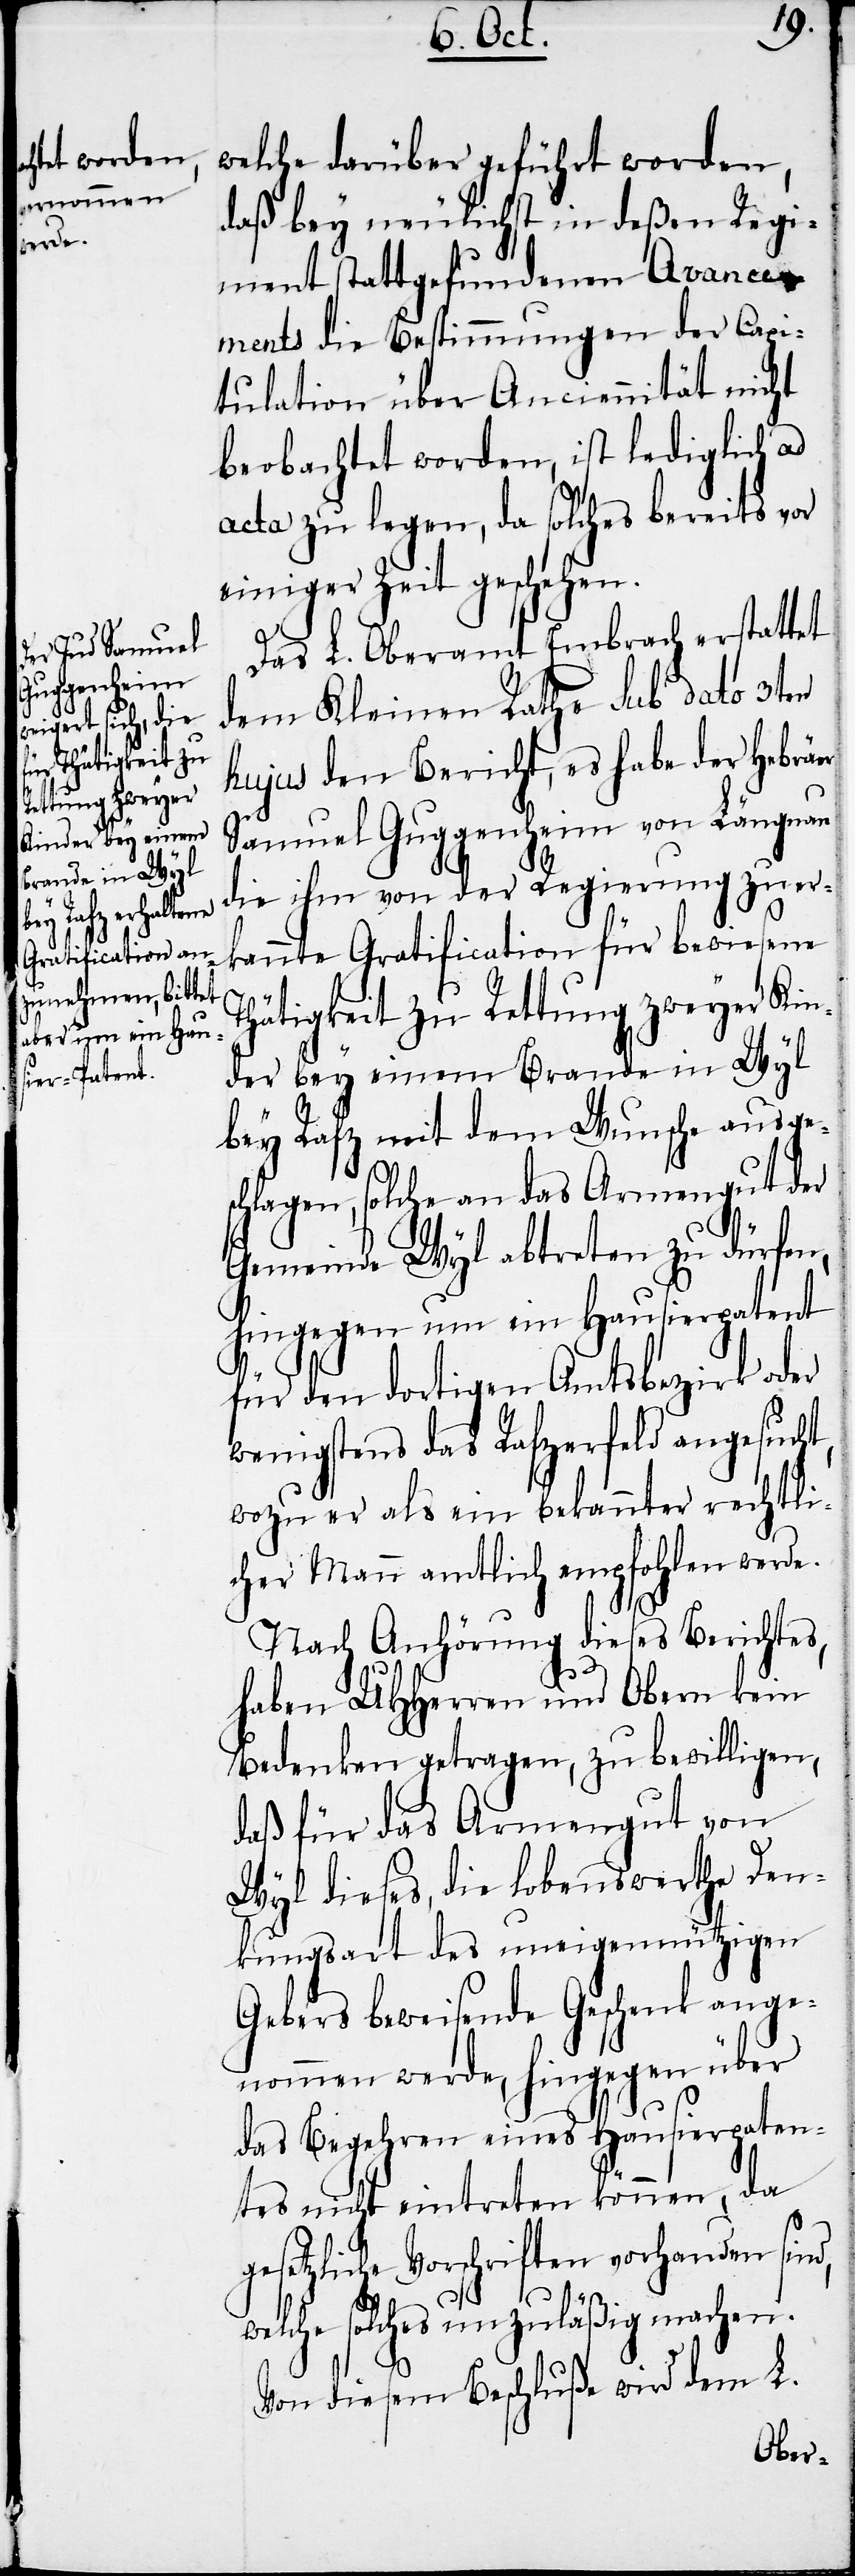
gesetzl¬

welche darüber geführt worden,
daß bey neulichst in deßen Regi¬
ment stattgefundenen Avance¬
ments die Bestimmungen der Capi¬
tulation über Anciennität nicht
beobachtet worden, ist lediglich ad
acta zu legen, da solches bereits vor
einiger Zeit geschehen.
Das L. Oberamt Embrach erstattet
dem Kleinen Rathe sub dato 3ten
hujus den Bericht, es habe der Hebräer
Samuel Guggenheim von Längnau
die ihm von der Regierung zuer¬
kannte Gratification für bewiesene
Thätigkeit zu Rettung zweyer Kin¬
der bey einem Brande in Wyl
bey Rafz mit dem Wunsche ausges¬
chlagen, solche an das Armengut der
Gemeinde Wyl abtreten zu dürfen,
hingegen um ein Hausierpatent
für den dortigen Amtsbezirk oder
wenigstens das Rafzerfeld angesucht,
wozu er als ein bekannter rechtli¬
cher Mann amtlich empfohlen werde.
Nach Anhörung dieses Berichtes,
haben UHHerren und Obern kein
Bedenken getragen, zu bewilligen,
daß für das Armengut von
Wyl dieses, die lobenswerthe Den¬
kungsart des uneigennützigen
Gebers beweisende Geschenk ange¬
nommen werde, hingegen über
das Begehren eines Hausierpaten¬
tes nicht eintreten können, da
iche Vorschriften vorhanden
welche solches unzuläßig machen.
Von diesem Beschluße wird dem L.